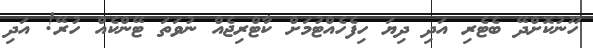
ހޫނުކޮށްދޭ ބެޓެރި އަދި ދިޔަ ހިފެހެއްޓުމަށް ކާޓްރިޖެއް ނުވަތަ ޓޭންކެއް ހުރޭ! އަދި